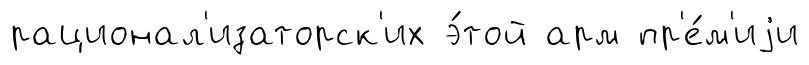
рационал'изаторск'их э́той арм пр'е́м'иjи